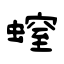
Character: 螲